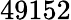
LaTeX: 49152